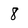
Character: 8